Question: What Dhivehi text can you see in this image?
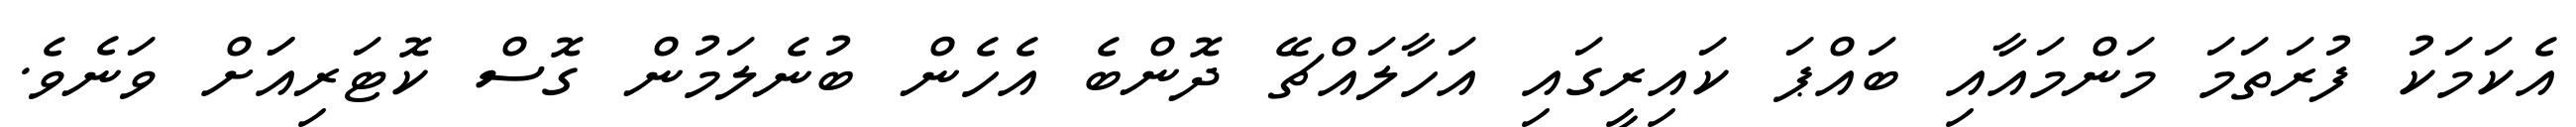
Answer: އެކަމަކު ފުރަތަމަ މަންމައާއި ބައްޕަ ކައިރީގައި އަހާލައްޗޭ ދޮންބެ އެހެން ބުނެލަމުން ގޮސް ކޮޓަރިއަަށް ވަނެވެ.